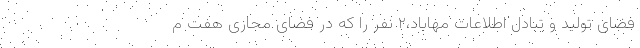
فضای تولید و تبادل اطلاعات مهاباد،۲ نفر را که در فضای مجازی هفت م